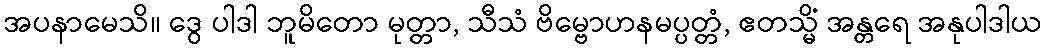
အပနာမေသိ။ ဒွေ ပါဒါ ဘူမိတော မုတ္တာ, သီသံ ဗိမ္ဗောဟနမပ္ပတ္တံ, ဧတသ္မိံ အန္တရေ အနုပါဒါယ